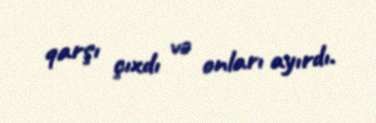
qarşı çıxdı və onları ayırdı.